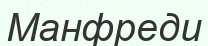
Манфреди